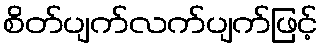
စိတ်ပျက်လက်ပျက်ဖြင့်